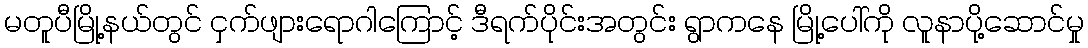
မတူပီမြို့နယ်တွင် ငှက်ဖျားရောဂါကြောင့် ဒီရက်ပိုင်းအတွင်း ရွာကနေ မြို့ပေါ်ကို လူနာပို့ဆောင်မှု